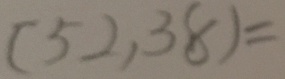
( 5 2 , 3 8 ) =